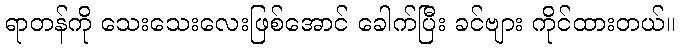
ရာတန်ကို သေးသေးလေးဖြစ်အောင် ခေါက်ပြီး ခင်ဗျား ကိုင်ထားတယ်။